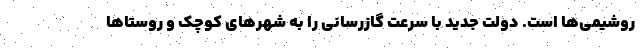
روشیمی‌ها است. دولت جدید با سرعت گازرسانی را به شهرهای کوچک و روستاها